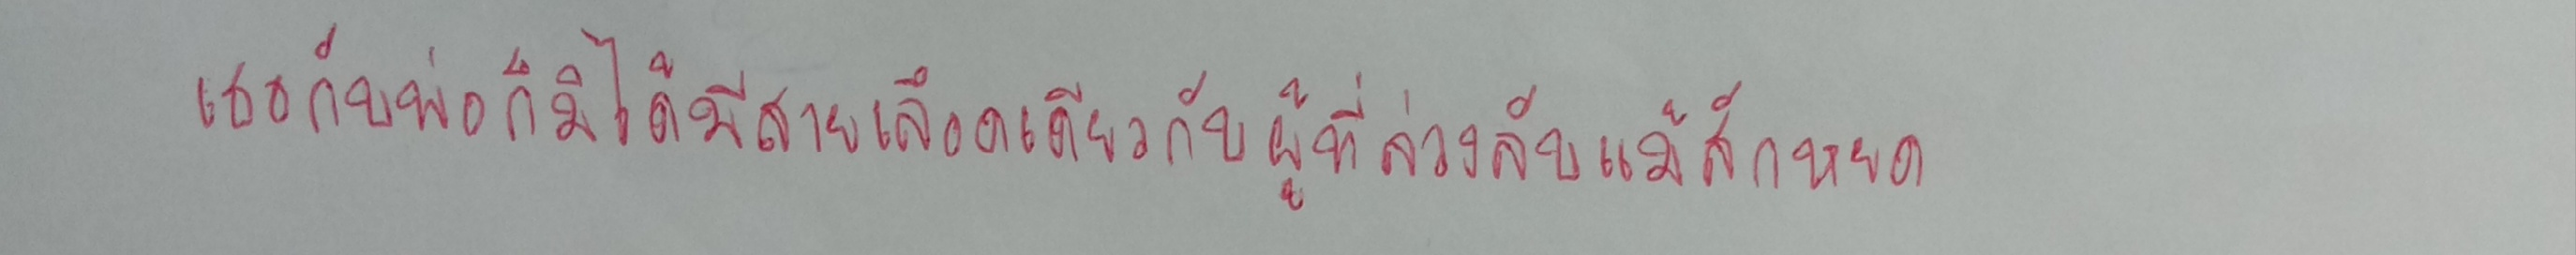
เธอกับพ่อก็มิได้มีสายเลือดเดียวกับผู้ที่ล่วงลับแม้สักหยด